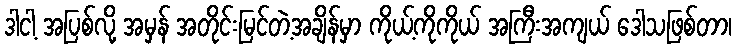
ဒါငါ့ အပြစ်လို့ အမှန် အတိုင်းမြင်တဲ့အချိန်မှာ ကိုယ့်ကိုကိုယ် အကြီးအကျယ် ဒေါသဖြစ်တာ၊